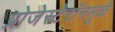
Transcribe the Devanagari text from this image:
प्रोजेस्टेरॉनमूळे